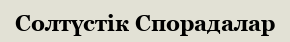
Солтүстік Спорадалар